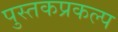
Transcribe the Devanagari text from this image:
पुस्तकप्रकल्प